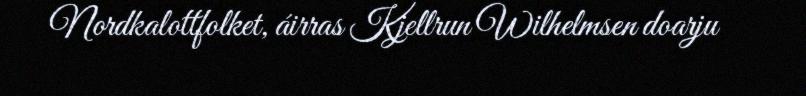
Nordkalottfolket, áirras Kjellrun Wilhelmsen doarju